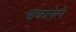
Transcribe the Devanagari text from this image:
ढकलेले